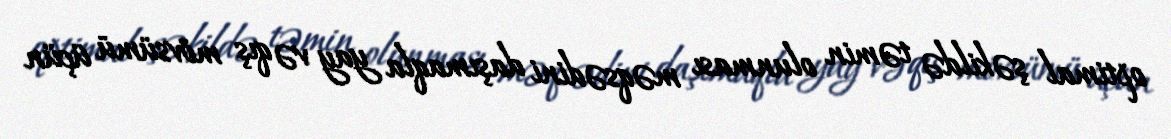
optimal şəkildə təmin olunması məqsədini daşımaqla yay və qış mövsümü üçün